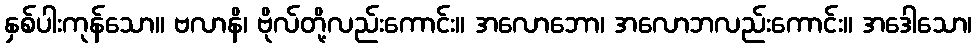
နှစ်ပါးကုန်သော။ ဗလာနိ၊ ဗိုလ်တို့လည်းကောင်း။ အလောဘော၊ အလောဘလည်းကောင်း။ အဒေါသော၊